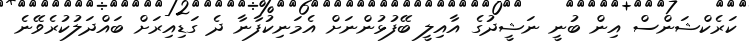
ކަރެކްޝަންސް އިން ބުނީ ނަޝީދުގެ އާއިލީ ބޭފުޅުންނަށް އެމަނިކުފާނާ ދެ ގަޑިއިރަށް ބައްދަލުކުރެވޭނެ